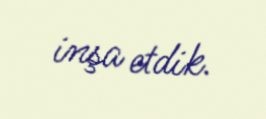
inşa etdik.